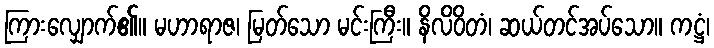
ကြားလျှောက်၏။ မဟာရာဇ၊ မြတ်သော မင်းကြီး။ နိလိဝိတံ၊ ဆယ်တင်အပ်သော။ ကဋ္ဌံ၊